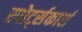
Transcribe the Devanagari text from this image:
स्पोर्ट्सकार्स